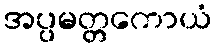
အပ္ပမတ္တကောယံ